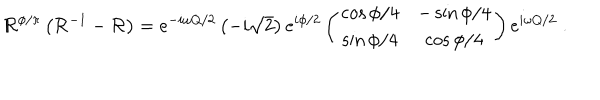
{ \cal R } ^ { \phi / \pi } \left( { \cal R } ^ { - 1 } - { \cal R } \right) = e ^ { - i \omega Q / 2 } \left( - i \sqrt { 2 } \right) e ^ { i \phi / 2 } \left( \begin{matrix} { { \cos \phi / 4 } } & { { - \sin \phi / 4 } } \\ { { \sin \phi / 4 } } & { { \cos \phi / 4 } } \\ \end{matrix} \right) e ^ { i \omega Q / 2 } \; .